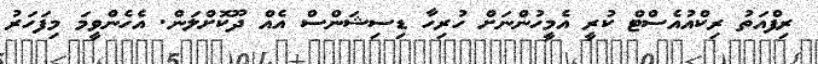
ރިފްއަތު ރިކްއުއެސްޓް ކުރީ އެމީހުންނަށް ހުރިހާ ޑިސިޝަންސް އެއް ދޫކޮށްލަން. އެހެންވީމަ މިފަހަރު